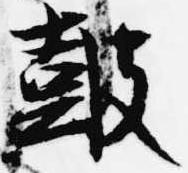
鼓